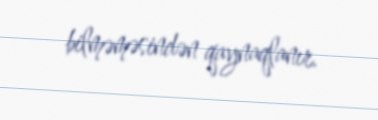
bilməməsindən qaynaqlanır.